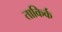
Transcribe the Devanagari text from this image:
ताकिर्क